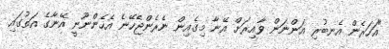
"އަހަރެން އެނބުރި އަންނަން ވާއިރަށް އޭނާ މިގެއިން ނެރެންޖެހޭނެ އެހެންނޫނީ އޭނާގެ އަތުގައި